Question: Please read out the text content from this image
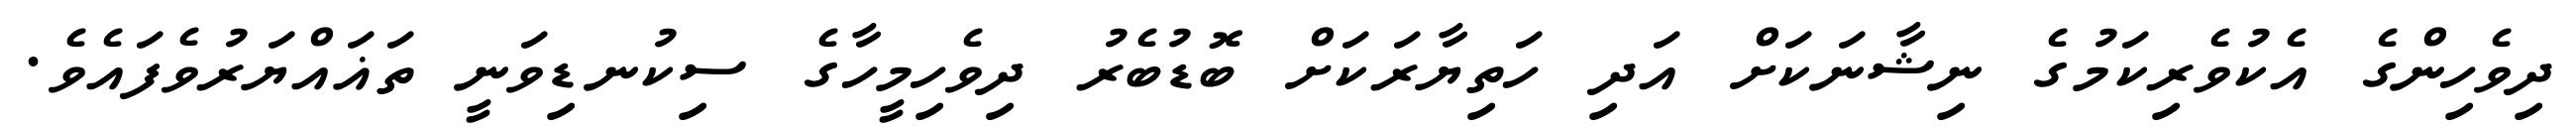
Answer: ދިވެހިންގެ އެކުވެރިކަމުގެ ނިޝާނަކަށް އަދި ހަތިޔާރަކަށް ބޮޑުބެރު ދިވެހިމީހާގެ ސިކުނޑިވަނީ ތަޣައްޔަރުވެފައެވެ.